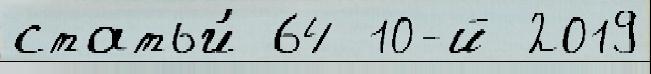
статьи́ 64 10-й 2019